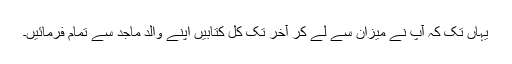
یہاں تک کہ آپ نے میزان سے لے کر آخر تک کل کتابیں اپنے والد ماجد سے تمام فرمائیں۔